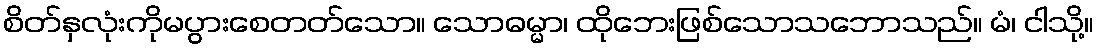
စိတ်နှလုံးကိုမပွားစေတတ်သော။ သောဓမ္မာ၊ ထိုဘေးဖြစ်သောသဘောသည်။ မံ၊ ငါသို့။